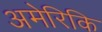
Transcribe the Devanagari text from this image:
अमेरिकि